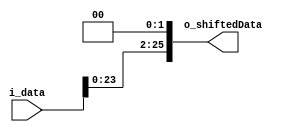
module GenericShifter//Former "Shift2Unit"
    #(
        parameter IN_LEN = 26,
        parameter OUT_LEN = 26,
        parameter NUM_TO_SHIFT = 2
    )
    (
        input wire [IN_LEN-1:0] i_data,
        output wire [OUT_LEN-1:0] o_shiftedData
    );
    
    assign o_shiftedData = i_data << NUM_TO_SHIFT;

endmodule